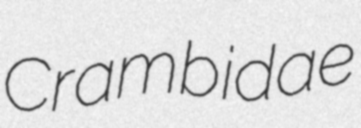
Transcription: Crambidae